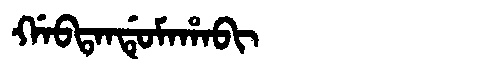
Manchu: ᡤᠠᠪᡨᠠᠨᡩᡠᠮᠠᡥᠠᠪᡳ
Romanization: GABTANDUMAHABI